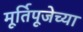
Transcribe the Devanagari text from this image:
मूर्तिपूजेच्या